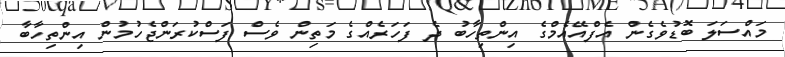
މައްސަލަ ބޮޑުވެގެން އެފްއޭއެމްގެ އިންތިހާބު ދެ ފަހަރެއްގެ މަތިން ވެސް ފަސްކުރަންޖެހުމުން އިންތިހާބާ